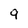
Character: 9